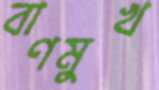
বাণমুখ